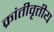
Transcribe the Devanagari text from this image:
क्रांतीवृत्तीय